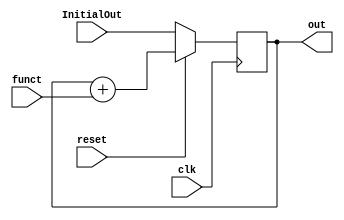


module Euler_integrator
// #(parameter dt= 1/256 ,sigma = 10 , beta = 8/3 ,roh = 28, x0 = -1 ,y0= 0.1 ,z0 = 25)
 (
	input signed [26:0] funct,     //the dV/dt function
	input clk, reset,
	input signed [26:0] InitialOut,  //the initial state variable V
	output signed [26:0] out		//the state variable V
);
	wire signed	[26:0] v1new ;
	reg signed	[26:0] v1 ;
	
	always @ (posedge clk) 
	begin
		if (reset==0) //reset	
			v1 <= InitialOut ; // 
		else 
			v1 <= v1new ;	
	end
	assign v1new = v1 + funct ;
	assign out = v1 ;
	
endmodule